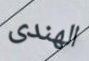
الهندى